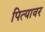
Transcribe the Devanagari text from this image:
पित्यावर